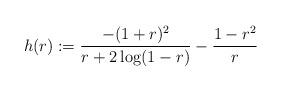
LaTeX: \begin{align*}h(r) := \frac{-(1+r)^{2}}{r + 2 \log(1-r)} -\frac{1-r^{2}}{r}\end{align*}